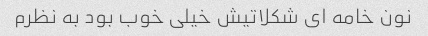
نون خامه اى شکلاتیش خیلى خوب بود به نظرم